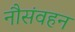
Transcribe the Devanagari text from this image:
नौसंवहन